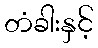
တံခါးနှင့်